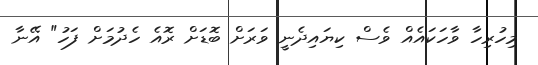
މިހުރިހާ ވާހަކައެއް ވެސް ކިޔައިދެނީ ވަރަށް ބޮޑަށް ރޮއެ ހެދުމަށް ފަހު" އޭނާ